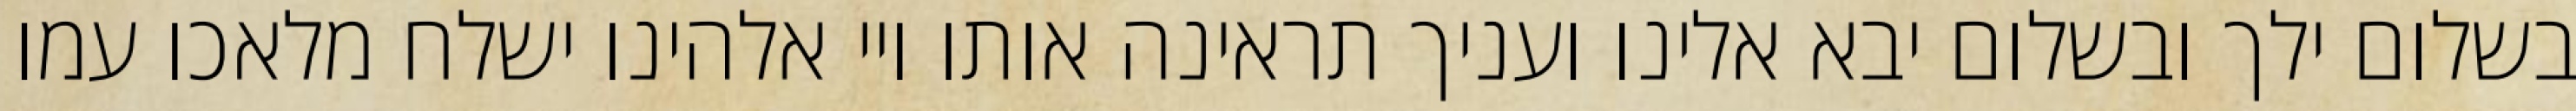
בשלום ילך ובשלום יבא אלינו ועניך תראינה אותו ויי אלהינו ישלח מלאכו עמו